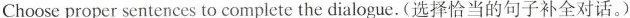
Choose proper sentences to complete the dialogue.(选择恰当的句子补全对话。)